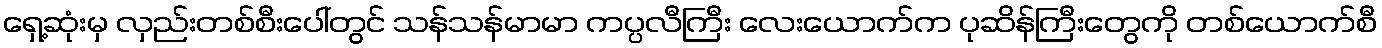
ရှေ့ဆုံးမှ လှည်းတစ်စီးပေါ်တွင် သန်သန်မာမာ ကပ္ပလီကြီး လေးယောက်က ပုဆိန်ကြီးတွေကို တစ်ယောက်စီ